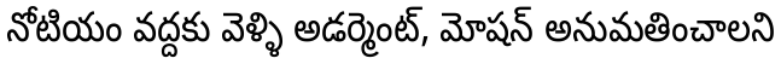
నోటియం వద్దకు వెళ్ళి అడర్మెంట్, మోషన్ అనుమతించాలని